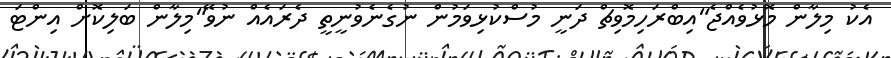
އެކު މިލާން މޮޅުވެއްޖެ"އިބްރަހިމޮވިޗް ދަނީ މުސްކުޅިވަމުން ނުގެނެވުނީތީ ދެރައެއް ނުވޭ"މިލާން ބަލިކޮށް އިންޓަ